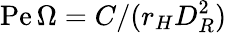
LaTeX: \mathrm{Pe}\, \Omega=C/(r_{H}D_{R}^{2})